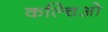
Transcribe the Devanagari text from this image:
कल्चिओ